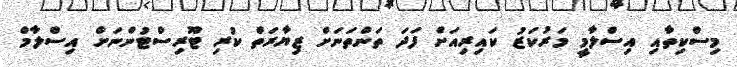
މިސްކިތާއި އިސްލާމީ މަރުކަޒު ކައިރިއަށް ފަދަ ތަންތަނަށް ޒިޔާރަތް ކުރި ޓޫރިސްޓުންނަށް އިސްލާމް